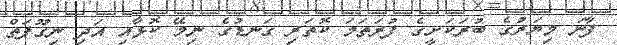
ފާނަ މިޔަރުގެ ބުރަކަށީގެ ފުރަތަމަ ކޮތަރި ގަނޑުގެ ނިމޭ ކޮޅާއި އަދި ނިގޫފަތް